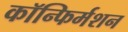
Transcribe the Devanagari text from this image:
कॉन्फिर्मशन